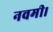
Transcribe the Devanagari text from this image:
नवमी।